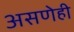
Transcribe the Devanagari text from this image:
असणेही